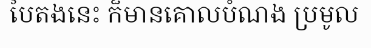
បៃតងនេះ ក៏មានគោលបំណង ប្រមូល